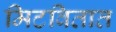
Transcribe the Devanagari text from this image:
मिटवितात